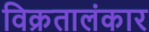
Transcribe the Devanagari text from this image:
विक्रतालंकार